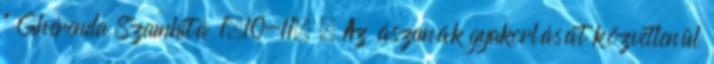
" Ghérenda Szamhitá 1,10-11. . Az ászanák gyakorlását közvetlenül